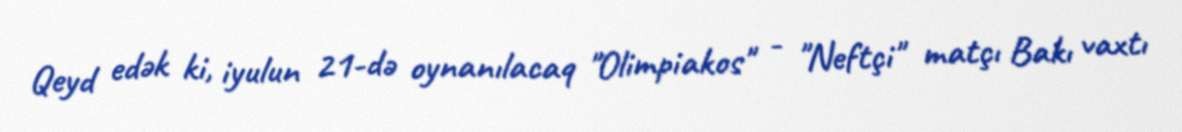
Qeyd edək ki, iyulun 21-də oynanılacaq "Olimpiakos" - "Neftçi" matçı Bakı vaxtı